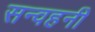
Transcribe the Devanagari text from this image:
सन्वहनी